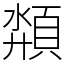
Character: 頮